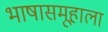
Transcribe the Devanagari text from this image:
भाषासमूहाला